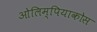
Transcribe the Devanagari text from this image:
ओलिम्पियाकोस